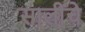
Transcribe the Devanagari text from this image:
सालींचे